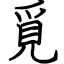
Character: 覓